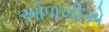
ઓળખીએ